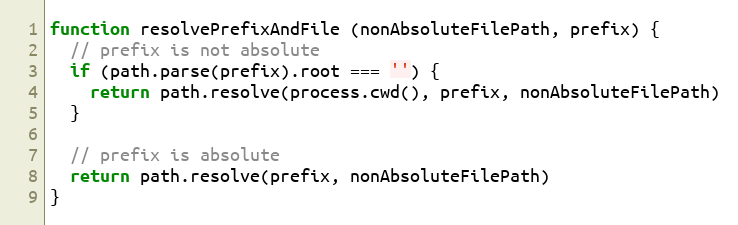
Language: JavaScript
function resolvePrefixAndFile (nonAbsoluteFilePath, prefix) {
  // prefix is not absolute
  if (path.parse(prefix).root === '') {
    return path.resolve(process.cwd(), prefix, nonAbsoluteFilePath)
  }

  // prefix is absolute
  return path.resolve(prefix, nonAbsoluteFilePath)
}